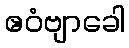
ဧဝံဗျာခေါ